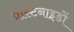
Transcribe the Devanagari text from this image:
प्रास्टेनाइडों